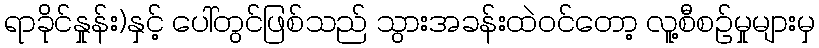
ရာခိုင်နှုန်း)နှင့် ပေါ်တွင်ဖြစ်သည် သွားအခန်းထဲဝင်တော့ လူ့စီစဉ်မှုများမှ